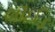
લૉઈડ